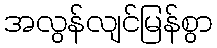
အလွန်လျင်မြန်စွာ